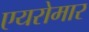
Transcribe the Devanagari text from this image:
एयरोमार